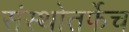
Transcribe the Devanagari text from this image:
संस्थोतर्फेच